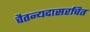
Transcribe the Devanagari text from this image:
चैतन्यदासरचित